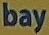
bay